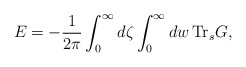
\begin{align*}E=-{1\over2\pi}\int_0^\infty d\zeta\int_0^\infty dw\, \mbox{Tr}_s G,\end{align*}